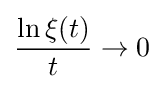
{\frac {\ln \xi (t)}{t}}\to 0